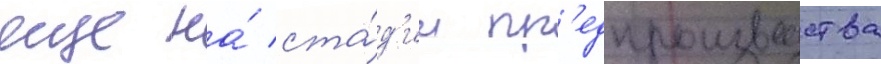
еще на́ ста́д'ии пр'едпроизводства